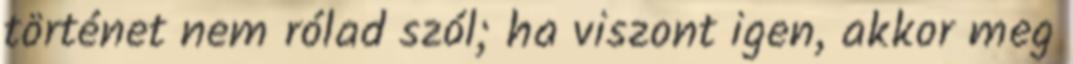
történet nem rólad szól; ha viszont igen, akkor meg